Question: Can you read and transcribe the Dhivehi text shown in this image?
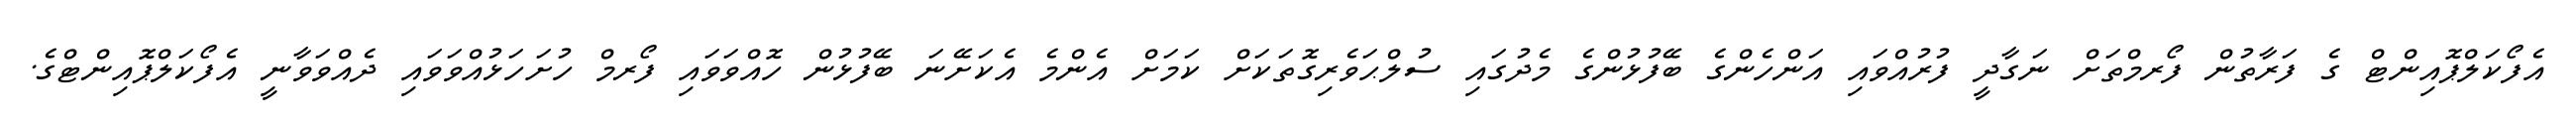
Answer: އެފޯކަލްޕޮއިންޓް ގެ ފަރާތުން ފޯރމްތަށް ނަގާދީ ފުރުއްވައި އަންހެންގެ ބޭފުޅުންގެ މެދުގައި ސުލްޙަވެރިގޮތަކަށް ކަމަށް އެންމެ އެކަށޭނަ ބޭފުޅުން ހޮއްވަވައި ފޯރމް ހުށަހަޅުއްވަވައި ދެއްވަވާނީ އެފޯކަލްޕޮއިންޓްގެ.